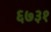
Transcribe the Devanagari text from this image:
६७३१